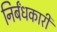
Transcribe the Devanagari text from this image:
निर्बंधकारी